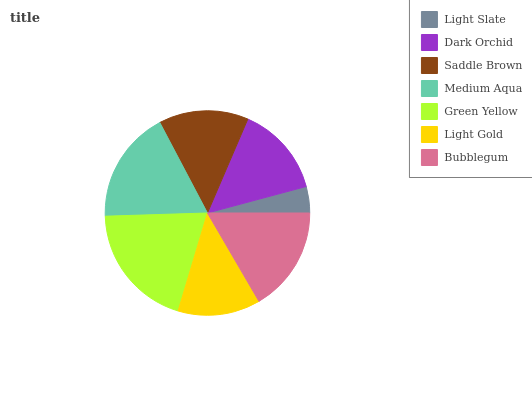
| Light Slate | Dark Orchid | Saddle Brown | Medium Aqua | Green Yellow | Light Gold | Bubblegum |
 | --- | --- | --- | --- | --- | --- | --- |
 | 4.17% | 14.4% | 14.2% | 17.8% | 19.9% | 13% | 16.5% |